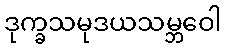
ဒုက္ခသမုဒယသမ္ဘဝေါ